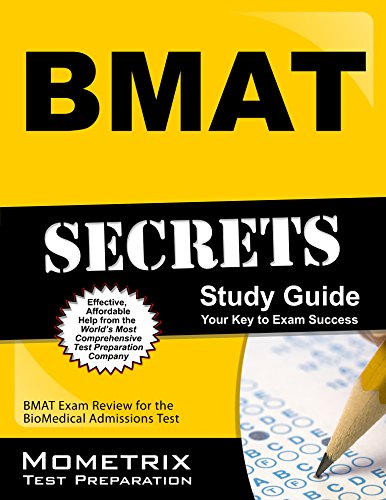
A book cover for BMAT Secrets Study Guide: BMAT Exam Review for the BioMedical Admissions Test; BMAT Exam Secrets Test Prep Team; Test Preparation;